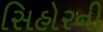
સિહોરની